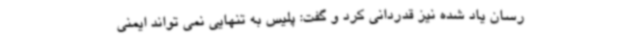
رسان یاد شده نیز قدردانی کرد و گفت: پلیس به تنهایی نمی تواند ایمنی